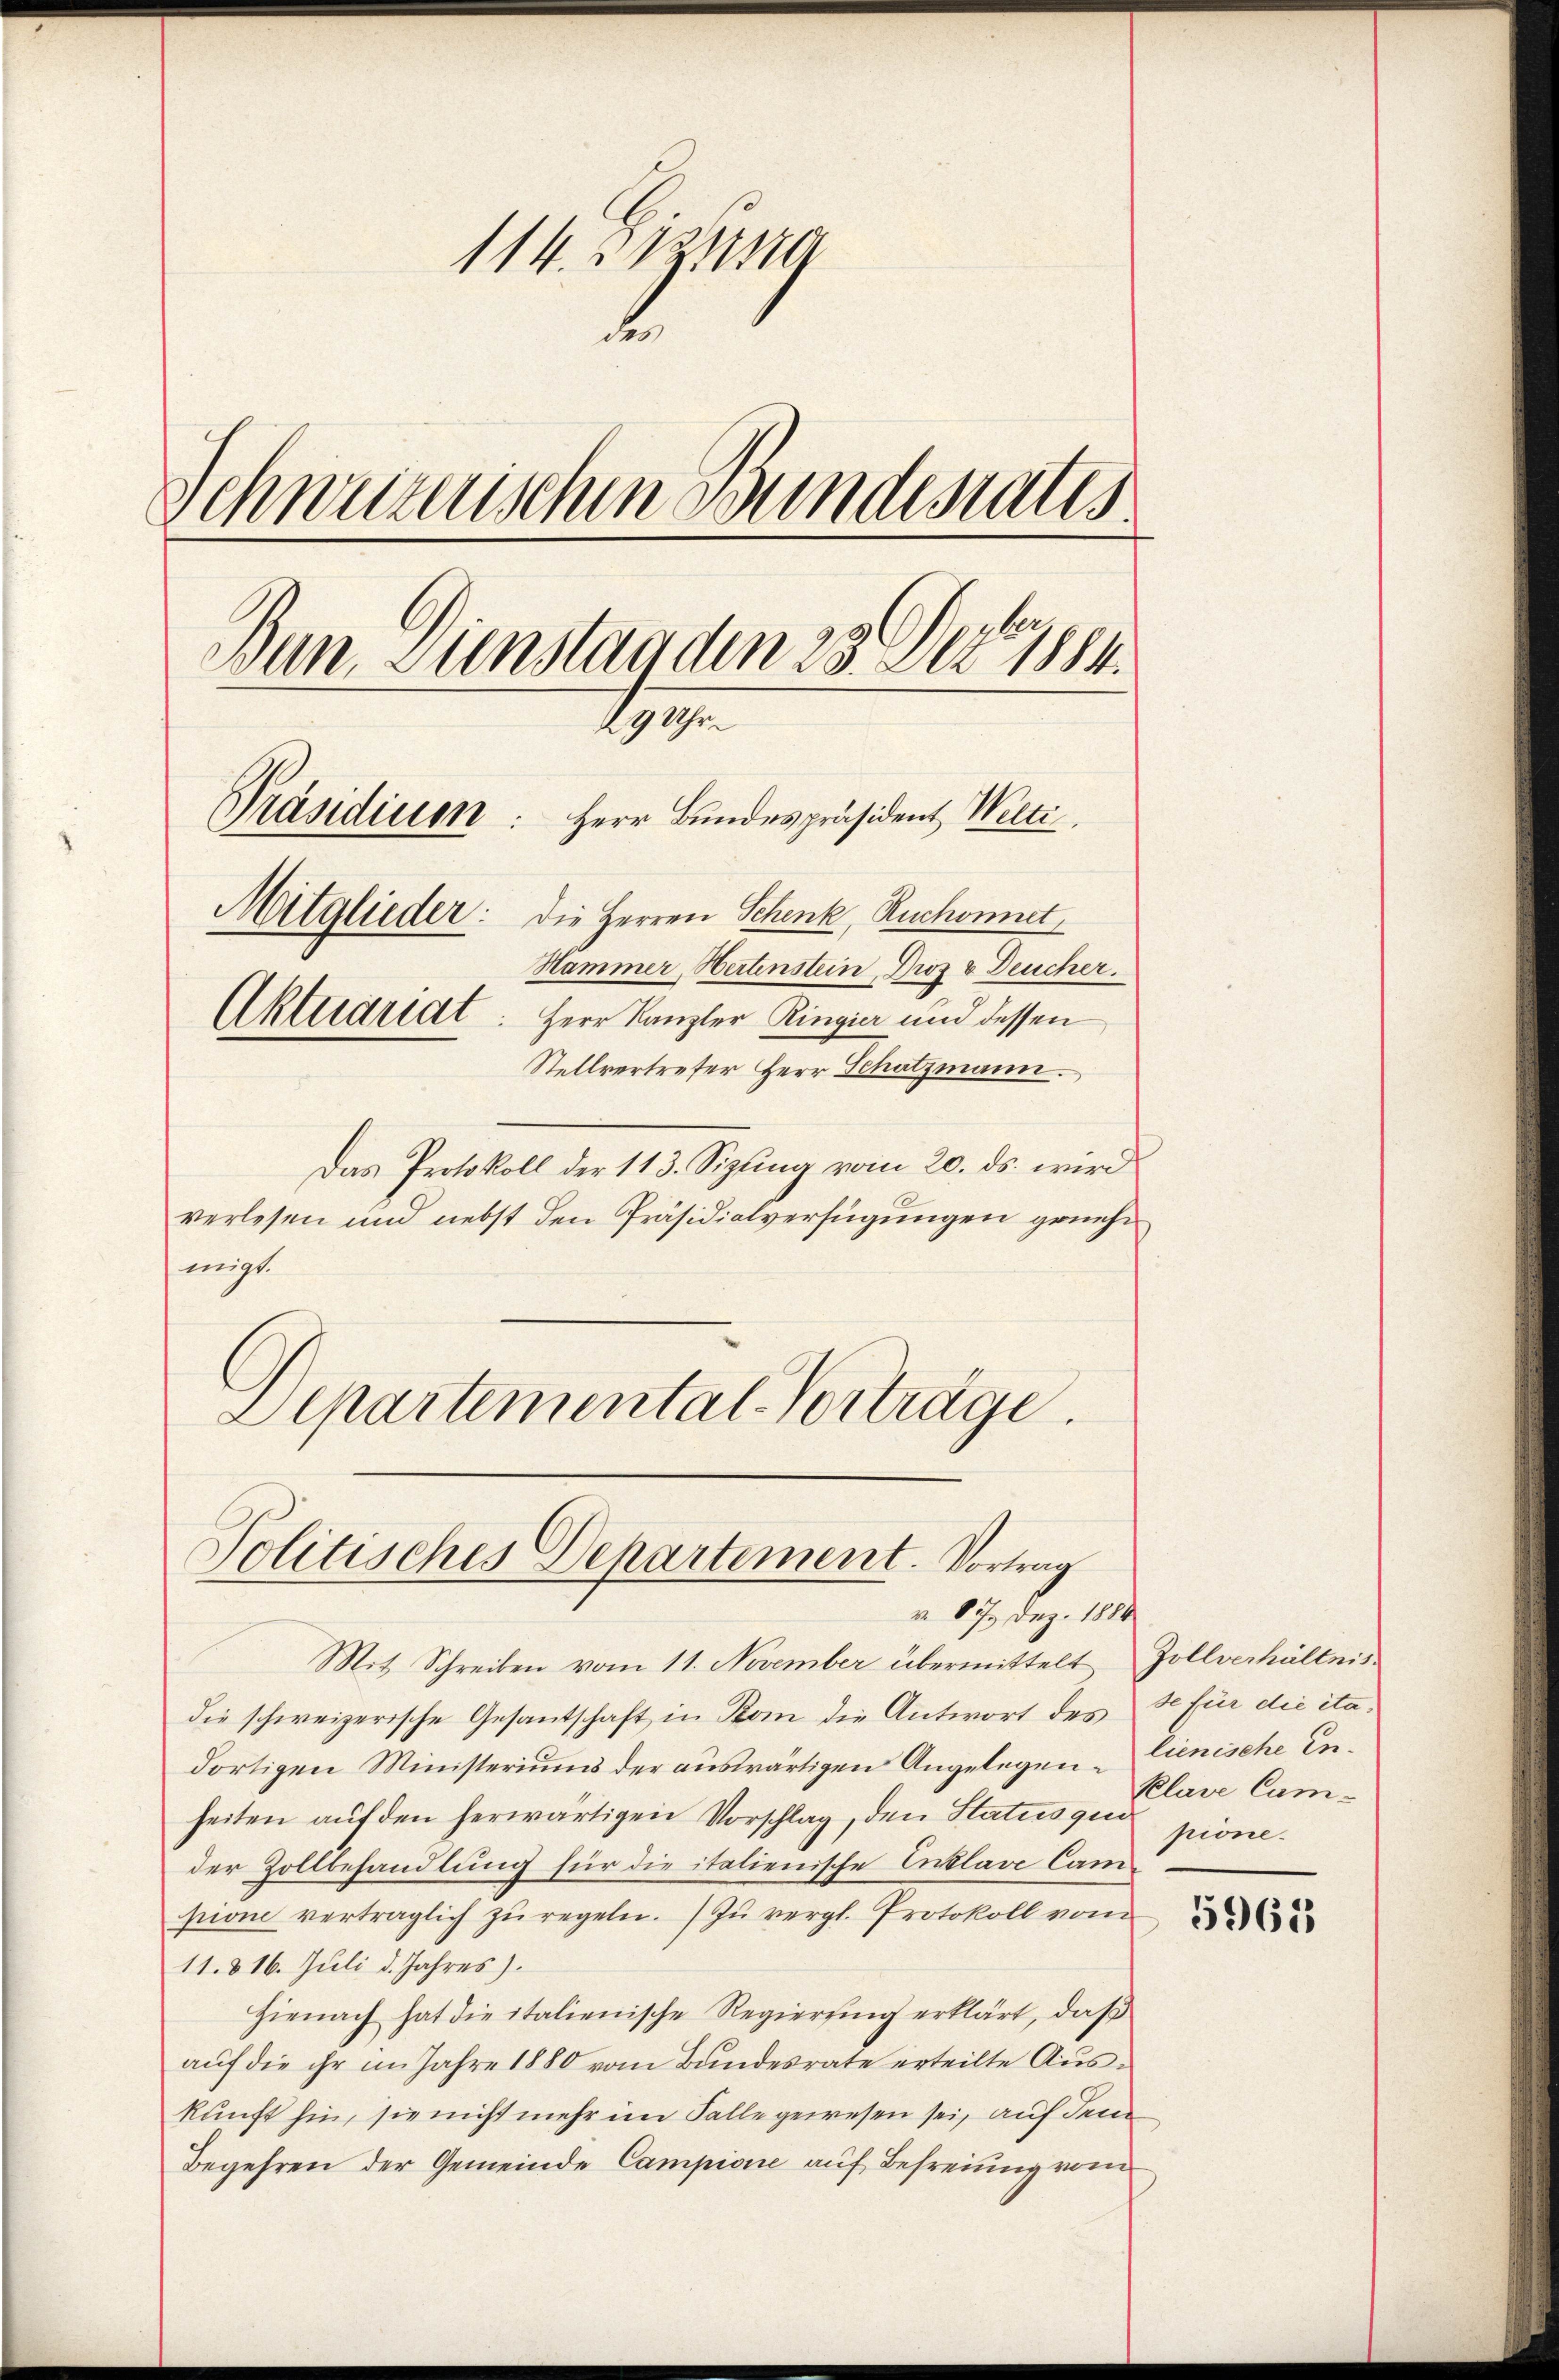
114. Ma
Schweizerischen Bundesrates.
Bun, Dienstanden 25. Der 1884.
29 Uhr.
Präsidium
Herr Bundespräsident Welti.
Mitglieder: Die Herren Schenk, Ruchonnet,
Hammer, Hertenstein Droz & Deucher.
Aktuariat: Herr Kanzler Ringier und dessen
Stellvertreter Herr Schatzmann.

Das Protokoll der 113. Sizting vom 20. ds. wird
verlesen und nebst den Präsidialverfügungen genehm
migt.
Departemental-Vorträge.

Politisches Departement. Vortrag
v. 87. Dez. 1884

Mit Schreiben vom 11. November übermittelt
die schweizerische Gesantschaft in Kam die Antwort des
dortigen Ministeriums der auswärtigen Angelegen place Camheiten auf den herwärtigen Vorschlag, den Status qui pione.
der Zollbehandlung für die italienische Erklage Campione vertraglich zŭ regeln. Zu vergl. Protokoll vom
11. 816. Juli d. Jahres).
Hienach hat die italienische Regierung erklärt, daß
auf die ihr im Jahre 1880 vom Bundesrate erteilte Auskunft hin, sie nicht mehr im Falle gewesen sei, auf dem
Begehren der Gemeinde Campione auf Befreiung vom

Zollverhältnis
se für die ita,
lienische In¬

5965